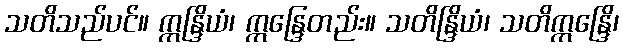
သတိသည်ပင်။ ဣန္ဒြိယံ၊ ဣန္ဒြေတည်း။ သတိန္ဒြိယံ၊ သတိဣန္ဒြေိ၊